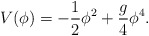
\begin{align*}V(\phi) = -\frac12 \phi^2 + \frac{g}{4} \phi^4. \end{align*}